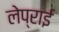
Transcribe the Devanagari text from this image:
लेप्राई